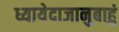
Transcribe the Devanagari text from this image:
ध्यायेदाजानुबाहुं